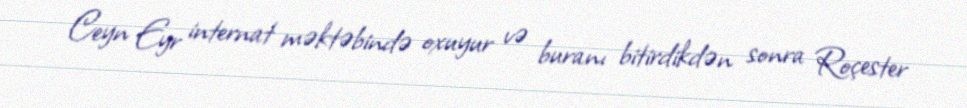
Ceyn Eyr internat məktəbində oxuyur və buranı bitirdikdən sonra Roçester